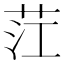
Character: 茳